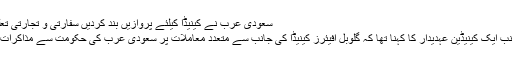
سعودی عرب نے کینیڈا کیلئے پروازیں بند کردیں سفارتی و تجارتی تعلقات منقطع
دوسری جانب ایک کینیڈین عہدیدار کا کہنا تھا کہ گلوبل افیئرز کینیڈا کی جانب سے متعدد معاملات پر سعودی عرب کی حکومت سے مذاکرات جاری ہیں۔